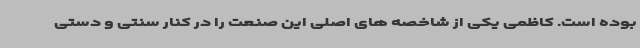
بوده است. کاظمی یکی از شاخصه های اصلی این صنعت را در کنار سنتی و دستی